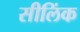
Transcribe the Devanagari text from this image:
सीलिंक